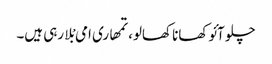
چلو آئو کھانا کھالو، تمھاری امی بْلا رہی ہیں۔